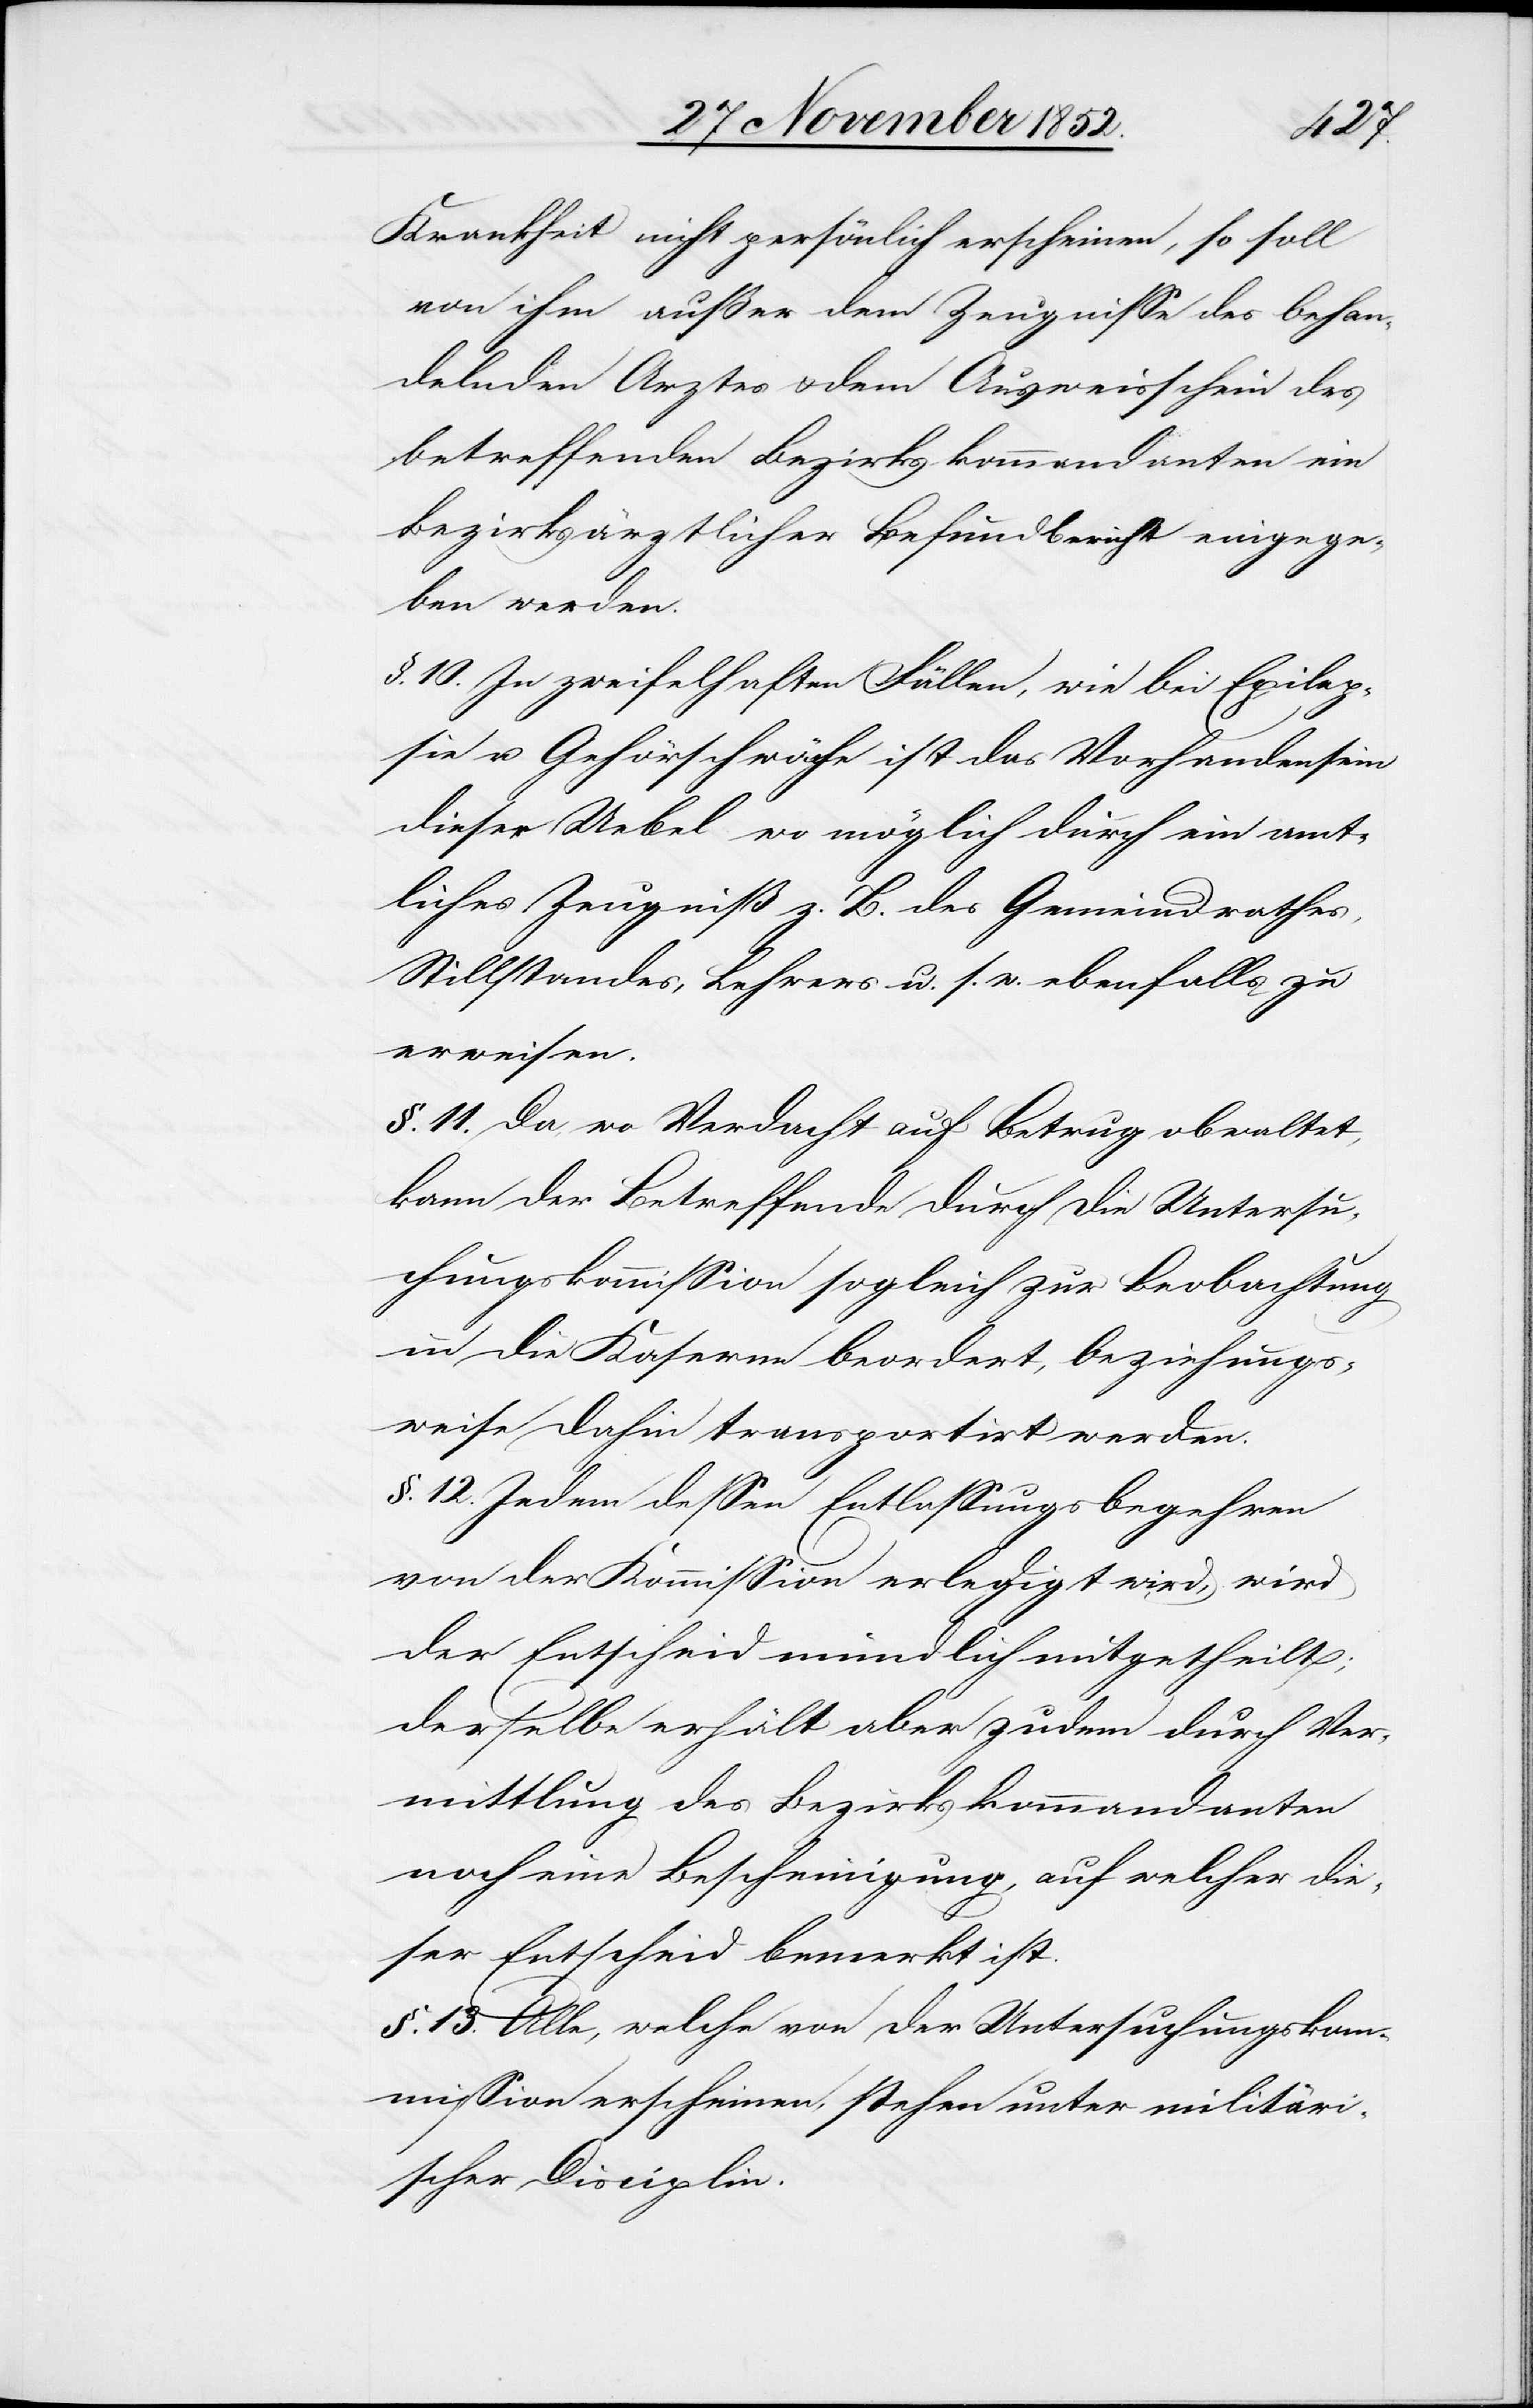
Krankheit nicht persönlich erscheinen, so soll
von ihm außer dem Zeugnisse des behan¬
delnden Arztes & dem Ausweisschein des
betreffenden Bezirkskommandanten ein
Bezirksärztlicher Befundbericht eingege¬
ben werden.
§. 10. In zweifelhaften Fällen, wie bei Epilep¬
sie u. Gehörschwäche ist das Vorhandensein
dieser Uebel wo möglich durch ein amt¬
liches Zeugniß z. B. des Gemeindrathes,
Stillstandes, Lehrers u. s. w. ebenfalls zu
erweisen.
§. 11. Da wo Verdacht auf Betrug obwaltet,
kann der Betreffende durch die Untersu¬
chungskommission sogleich zur Beobachtung
in die Kaserne beordert, beziehungs¬
weise dahin transportirt werden.
§. 12. Jedem dessen Entlassungsbegehren
von der Kommission erledigt wird, wird
der Entscheid mündlich mitgetheilt;
derselbe erhält aber zudem durch Ver¬
mittlung des Bezirkskommandanten
noch eine Bescheinigung, auf welcher die¬
ser Entscheid bemerkt ist.
§. 13. Alle, welche von [recte: vor] der Untersuchungskom¬
mission erscheinen, stehen unter militäri¬
scher Disciplin.